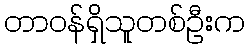
တာဝန်ရှိသူတစ်ဦးက